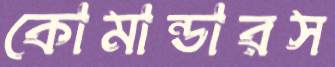
কোমান্ডারস